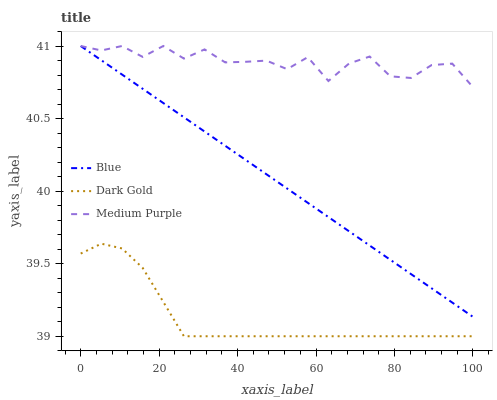
| xaxis_label | Blue | Dark Gold | Medium Purple |
 | --- | --- | --- | --- |
 | 0 | 41 | 39.6 | 41 |
 | 5.26 | 40.9 | 39.6 | 41 |
 | 10.5 | 40.8 | 39.6 | 41 |
 | 15.8 | 40.7 | 39.5 | 40.9 |
 | 21.1 | 40.6 | 39.2 | 41 |
 | 26.3 | 40.5 | 39 | 40.9 |
 | 31.6 | 40.4 | 39 | 41 |
 | 36.8 | 40.3 | 39 | 40.9 |
 | 42.1 | 40.2 | 39 | 40.9 |
 | 47.4 | 40.1 | 39 | 40.9 |
 | 52.6 | 40 | 39 | 40.8 |
 | 57.9 | 39.9 | 39 | 40.9 |
 | 63.2 | 39.8 | 39 | 40.8 |
 | 68.4 | 39.7 | 39 | 40.9 |
 | 73.7 | 39.6 | 39 | 40.9 |
 | 78.9 | 39.5 | 39 | 40.8 |
 | 84.2 | 39.4 | 39 | 40.8 |
 | 89.5 | 39.3 | 39 | 40.9 |
 | 94.7 | 39.2 | 39 | 40.9 |
 | 100 | 39.1 | 39 | 40.7 |